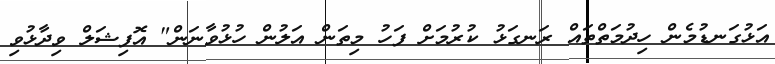
އަޅުގަނޑުމެން ހިދުމަތްތައް ރަނގަޅު ކުރުމަށް ފަހު މިތަން އަލުން ހުޅުވާނަން" އޮފިޝަލް ވިދާޅުވި